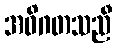
အဓိဂတသညီ